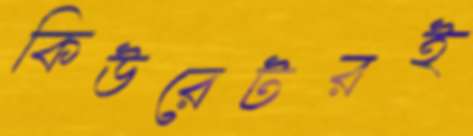
কিউরেটরই